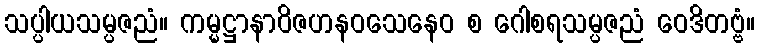
သပ္ပါယသမ္ပဇညံ။ ကမ္မဋ္ဌာနာဝိဇဟနဝသေနေဝ စ ဂေါစရသမ္ပဇညံ ဝေဒိတဗ္ဗံ။